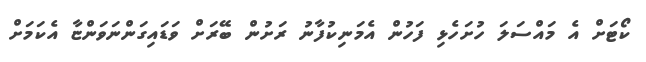
ކޯޓަށް އެ މައްސަލަ ހުށަހެޅި ފަހުން އެމަނިކުފާނު ރަށުން ބޭރަށް ވަޑައިގަންނަވަންޏާ އެކަމަށް